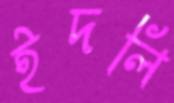
ইদলি